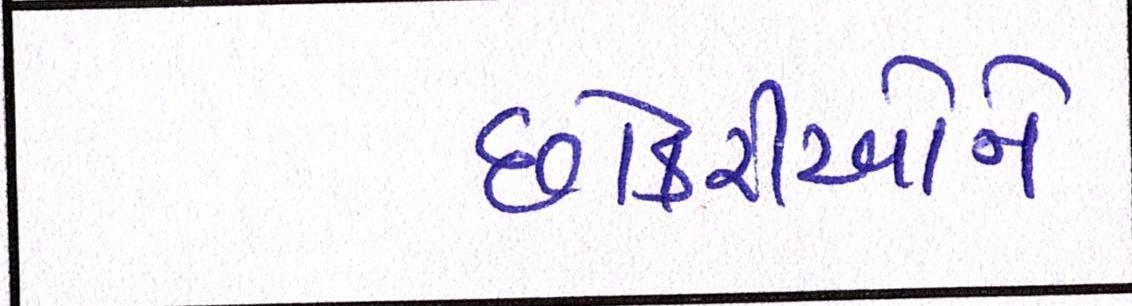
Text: છોકરીઓને